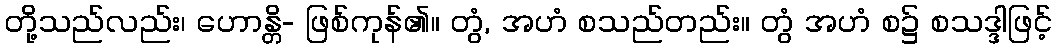
တို့သည်လည်း၊ ဟောန္တိ- ဖြစ်ကုန်၏။ တွံ, အဟံ စသည်တည်း။ တွံ အဟံ စ၌ စသဒ္ဒါဖြင့်